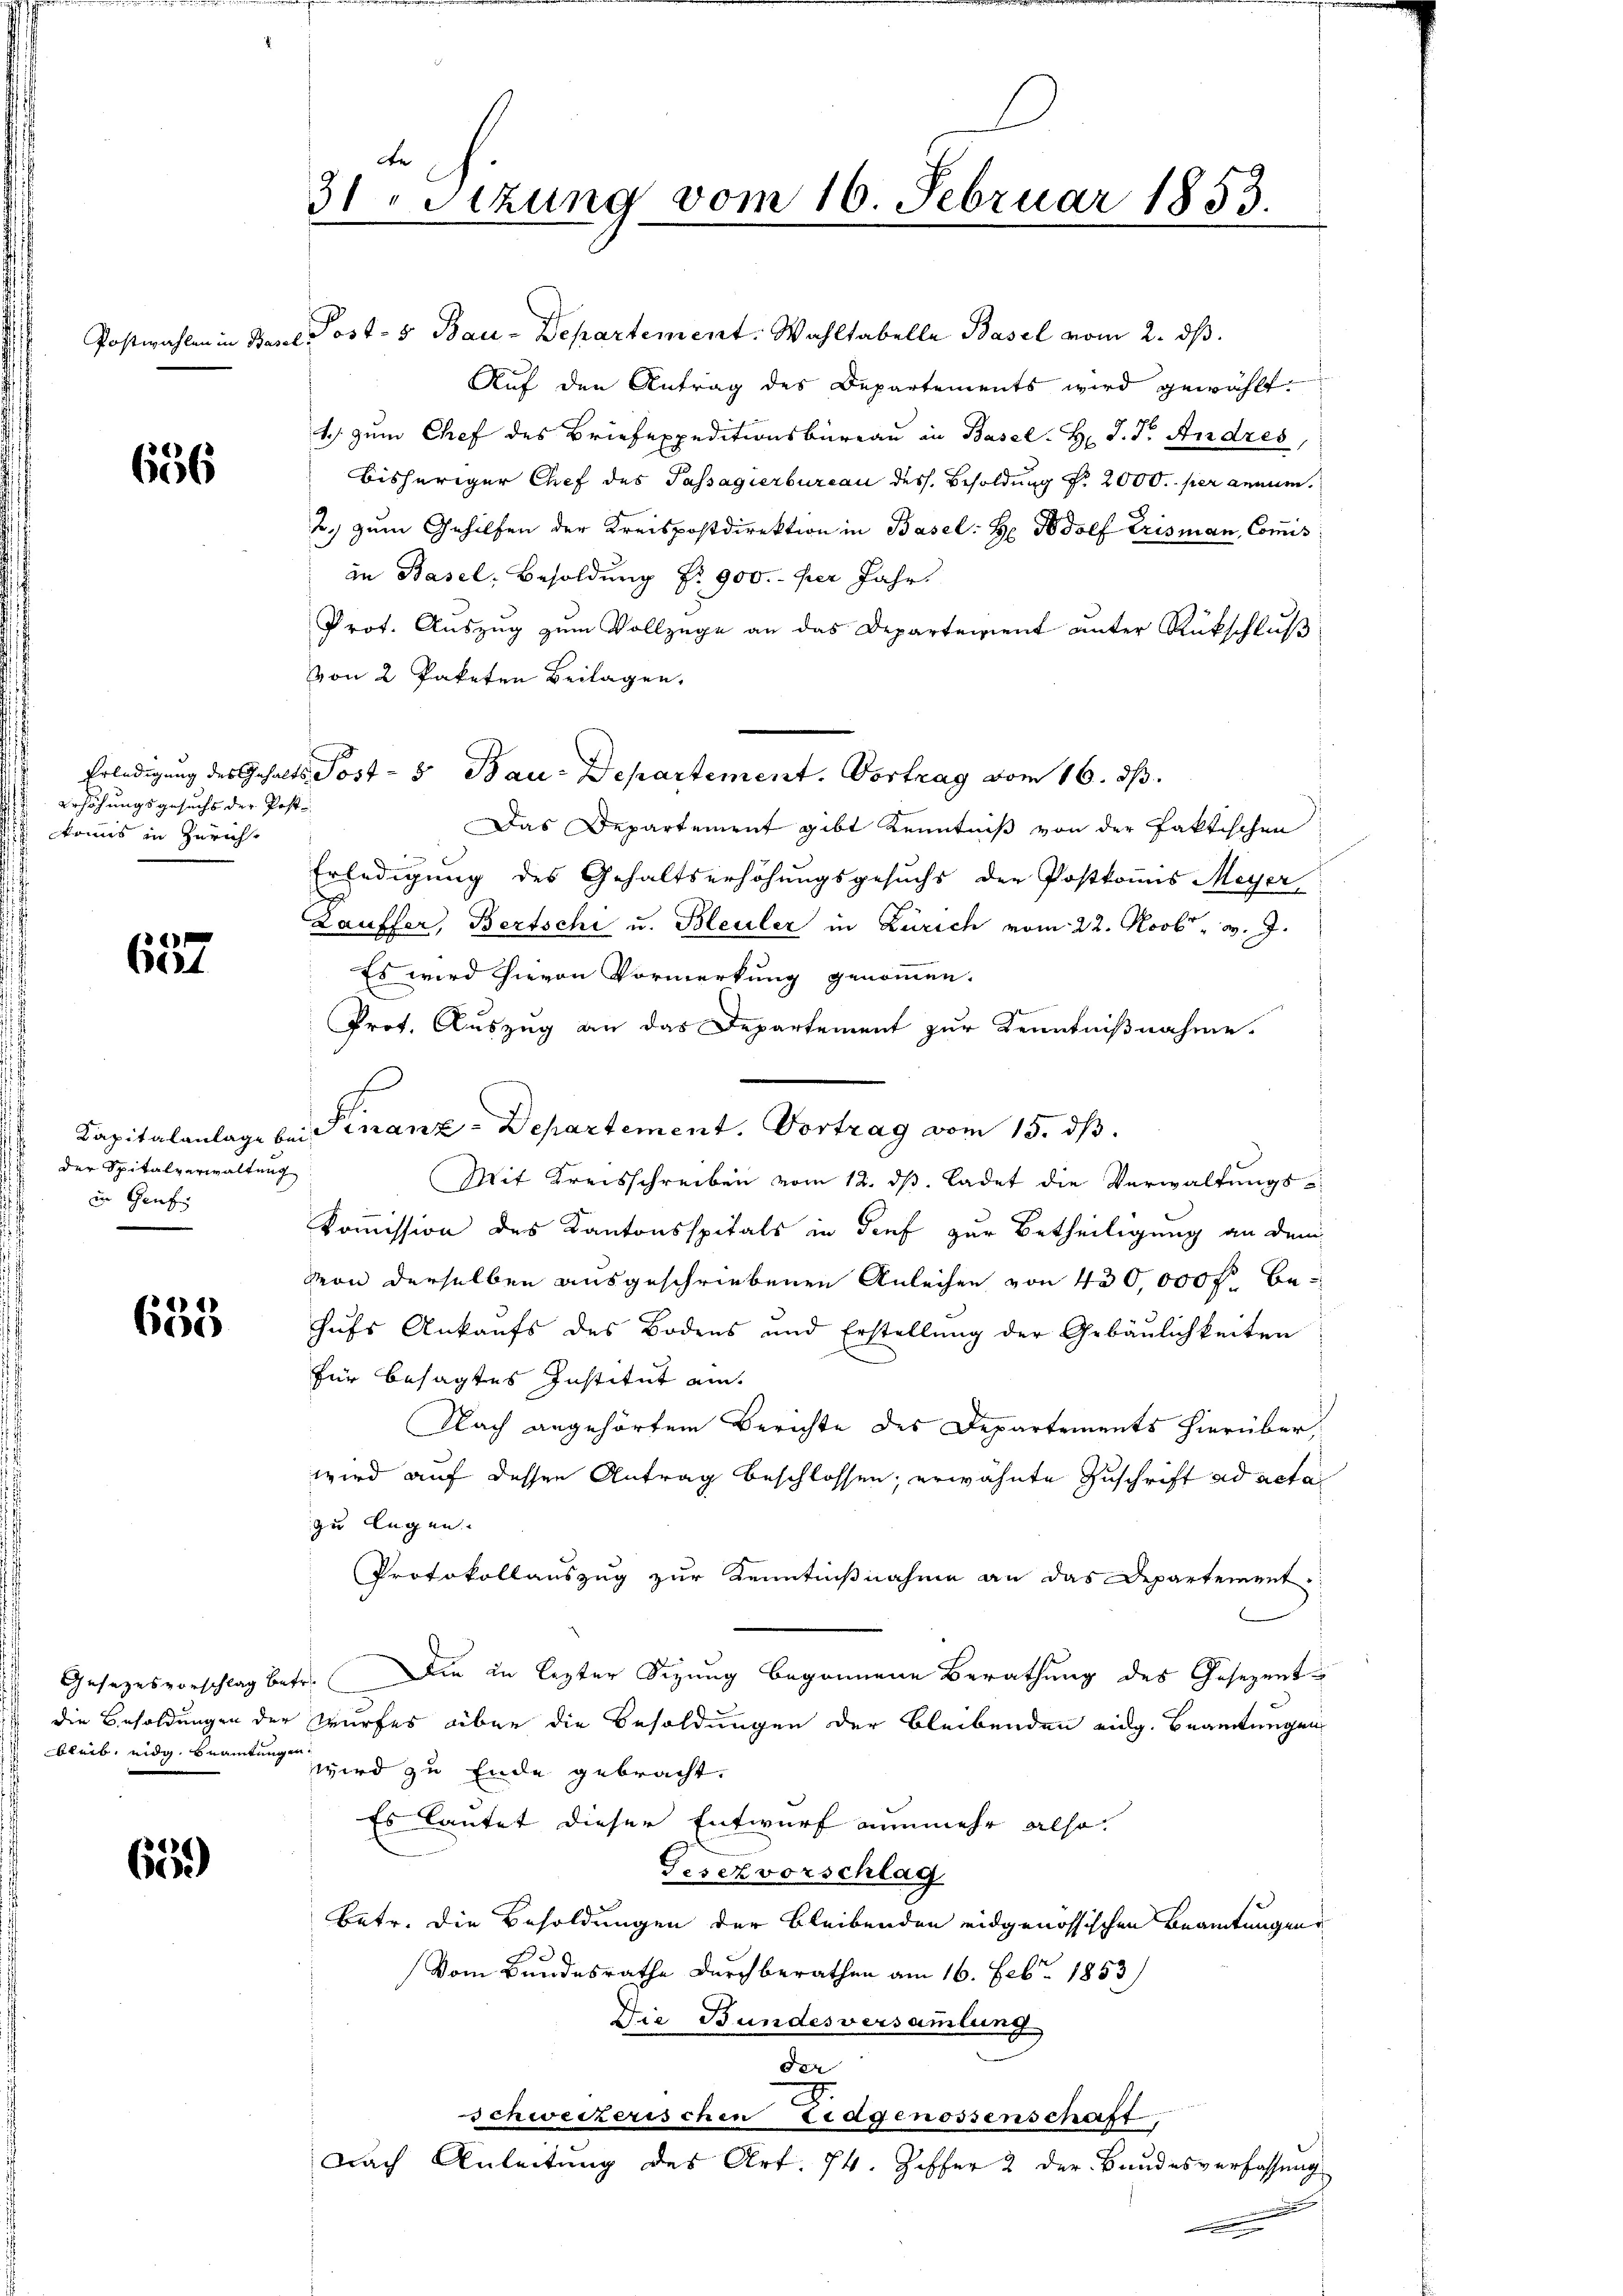
656

Erhöhungsgesuchs der Post
komnis in Züricht

2
Cist

der Spitalverwaltung
in Genf

2
650

die Besoldungen der
bleib, eidg. Beamtungen

625.

de
31.Sezung vom 16. Februar 1853.

Postwahlen in Basel Post- 5 Bau-Departement. Wahltabella Basel vom 2. ds.
Auf den Antrag des Departements wird gewählt.
1) zum Chef des Briefexpeditionsbüreau in Basel. H. d. J. Andres,
bisheriger Chef des Passagierbureau des Besoldung Nr. 2000. per annum.
2. zum Gehilfen der Kreispostdirektion in Basel: H: Jodolf Erisman, Commis
an Basel, Besoldung Nr. 900.- per Jahr
Prot. Auszug zum Vollzüge an das Departement unter Rückschluß
von 2 Paketen Beilagen.
Erledigung des Gehalts Post- & Bau-Departement. Vortrag vom 16. ds.
Das Departement gibt Kenntniß von der faktischen
Erledigung des Gehaltserhöhungsgesuchs der Postkomis Meyer
Lauffer, Bertschi u. Bleuler in Zürich vom 22. Novbr. v. J.
Es wird hievon Vormerkung genommen.
Prot. Auszug an das Departement zur Kenntnißnahme.
Kapitalanlage bei Finanz-Departement. Vortrag vom 15. dβ.
Mit Kreisschreiben vom 12. dβ. ladet die Verwaltungs¬
Kommission des Kantonsspitals in dief zur Betheiligung an dem
von derselben ausgeschriebenen Anleihen von 430,000 fl. behufs Ankaufs des Bodens und Erstellung der Gebäulichkeiten
für besagtes Institut am
Nach angehörtem Berichte des Departements hierüber,
wird auf dessen Antrag beschlossen, erwähnte Zuschrift ad acta
zu legen.
Protokollauszug zur Kenntnißnahme an das Departement
Gesezesvorschlag betr. Die in lezter Sitzung begonnene Berathung des Gesezent
wurfes aber die Besoldungen der bleibenden eidg. Beamtungen
wird zu Ende gebracht.
Es lautet dieser Entwurf nunmehr also
Gesezvorschlag
betr. die Besoldungen der bleibenden eidgenössischen Beamtungen
.
Vom Bundesrathe durchberathen am 16. Febr. 1853
Die Bundesversammlung
der
I.
schweizerischen Tagenossenschaft
Nach Anleitung des Art. 74. Ziffer 2 der Bundesverfassung